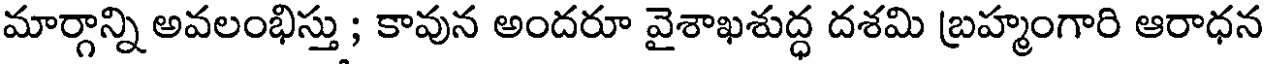
మార్గాన్ని అవలంభిస్తు ; కావున అందరూ వైశాఖశుద్ధ దశమి బ్రహ్మంగారి ఆరాధన